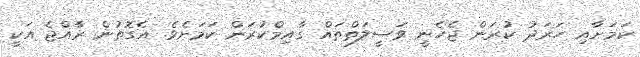
ކަމަށާއި ހަރަދު ކުރަން ޖެހެނީ ވަސީލަތްތައް ގާއިމްކުރަން ކަމަށެވެ. އެގޮތުން ރާއްޖެ އަކީ